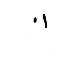
٠١